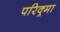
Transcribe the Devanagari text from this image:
परिक्र्मा